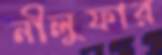
নীলুফার